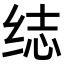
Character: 𬘨